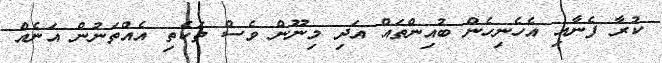
ކުރާ ފެނާއި އެހެނިހެން ބުއިންތައް އަދި މިނޫން ވެސް ތަކެތި އެއްތަނުން އަނެއް